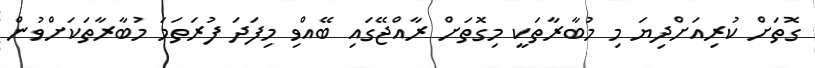
ގޮތަށް ކުރިއަށްދިޔަ މި މުބާރާތަކީ މިގޮތަށް ރާއްޖޭގައި ބޭއްވި މިފަދަ ފުރަތަމަ މުބާރާތަކަށްވުން